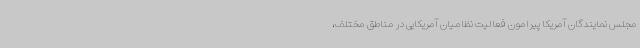
مجلس نمایندگان آمریکا پیرامون فعالیت نظامیان آمریکایی در مناطق مختلف،